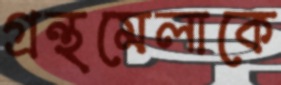
গ্রন্থমেলাকে